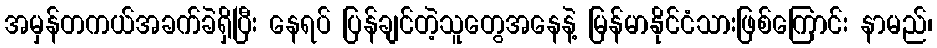
အမှန်တကယ်အခက်ခဲရှိပြီး နေရပ် ပြန်ချင်တဲ့သူတွေအနေနဲ့ မြန်မာနိုင်ငံသားဖြစ်ကြောင်း နာမည်၊